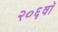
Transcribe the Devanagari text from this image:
२०६वॉ